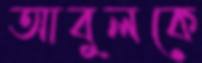
আবুলকে